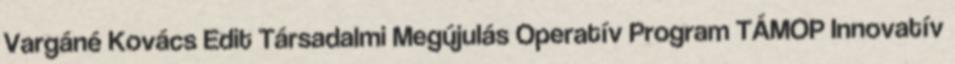
Vargáné Kovács Edit Társadalmi Megújulás Operatív Program TÁMOP Innovatív